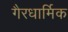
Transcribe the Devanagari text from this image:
गैरधार्मिक